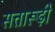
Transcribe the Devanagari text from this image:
सत्तारूढ़ी